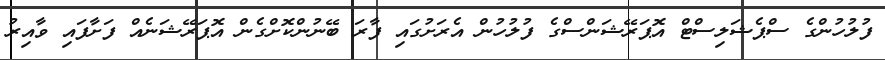
ފުލުހުންގެ ސްޕެޝަލިސްޓް އޮޕަރޭޝަންސްގެ ފުލުހުން އެރަށުގައި ފާރަ ބޭނުންކޮށްގެން އޮޕަރޭޝަނެއް ފަށާފައި ވާއިރު